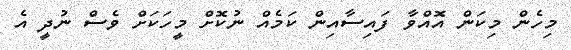
މިހެން މިކަން އޮއްވާ ފައިސާއިން ކަމެއް ނުކޮށް މީހަކަށް ވެސް ނުދީ އެ